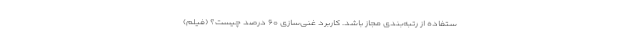
ستفاده از رتبه‌بندی مجاز باشد. کاربرد غنی‌سازی ۶۰ درصد چیست؟ (فیلم)